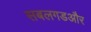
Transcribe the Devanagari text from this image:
सबलगडऔर